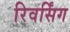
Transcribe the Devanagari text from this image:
रिवर्सिंग